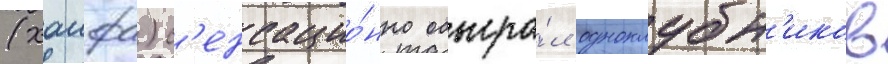
(хаифа) с'енсацио́нно обыгра́л одноклубн'иков